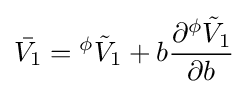
{\bar {V_{1}}}={}^{\phi }{\tilde {V}}_{1}+b{\frac {\partial {}^{\phi }{\tilde {V}}_{1}}{\partial b}}